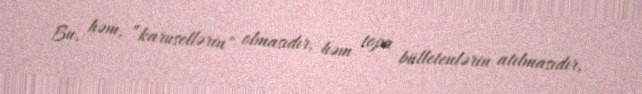
Bu, həm, ”karusellərin" olmasıdır, həm topa bülletenlərin atılmasıdır,